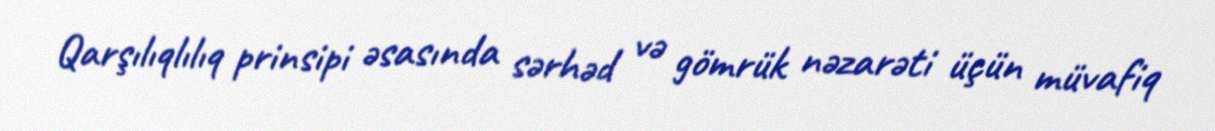
Qarşılıqlılıq prinsipi əsasında sərhəd və gömrük nəzarəti üçün müvafiq